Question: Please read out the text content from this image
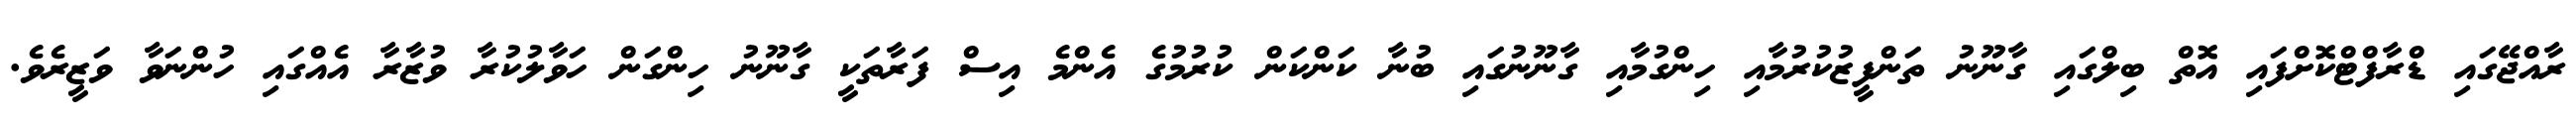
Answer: ރާއްޖޭގައި ޑްރާފްޓްކޮށްފައި އޮތް ބިލްގައި ގާނޫނު ތަންފީޒުކުރުމާއި ހިންގުމާއި ގާނޫނުގައި ބުނާ ކަންކަން ކުރުމުގެ އެންމެ އިސް ފަރާތަކީ ގާނޫނު ހިންގަން ހަވާލުކުރާ ވުޒާރާ އެއްގައި ހުންނަވާ ވަޒީރެވެ.